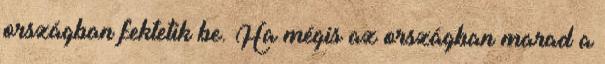
országban fektetik be. Ha mégis az országban marad a